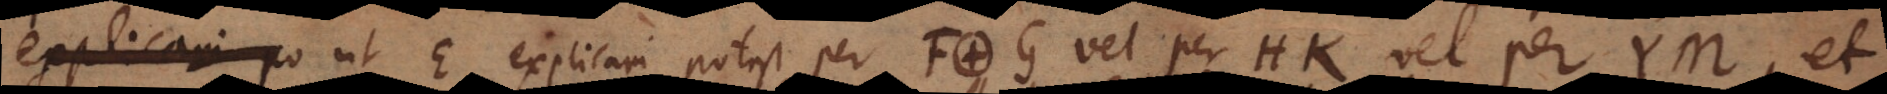
quaevis ut E explicari potest per F. G vel per HK vel per YM et